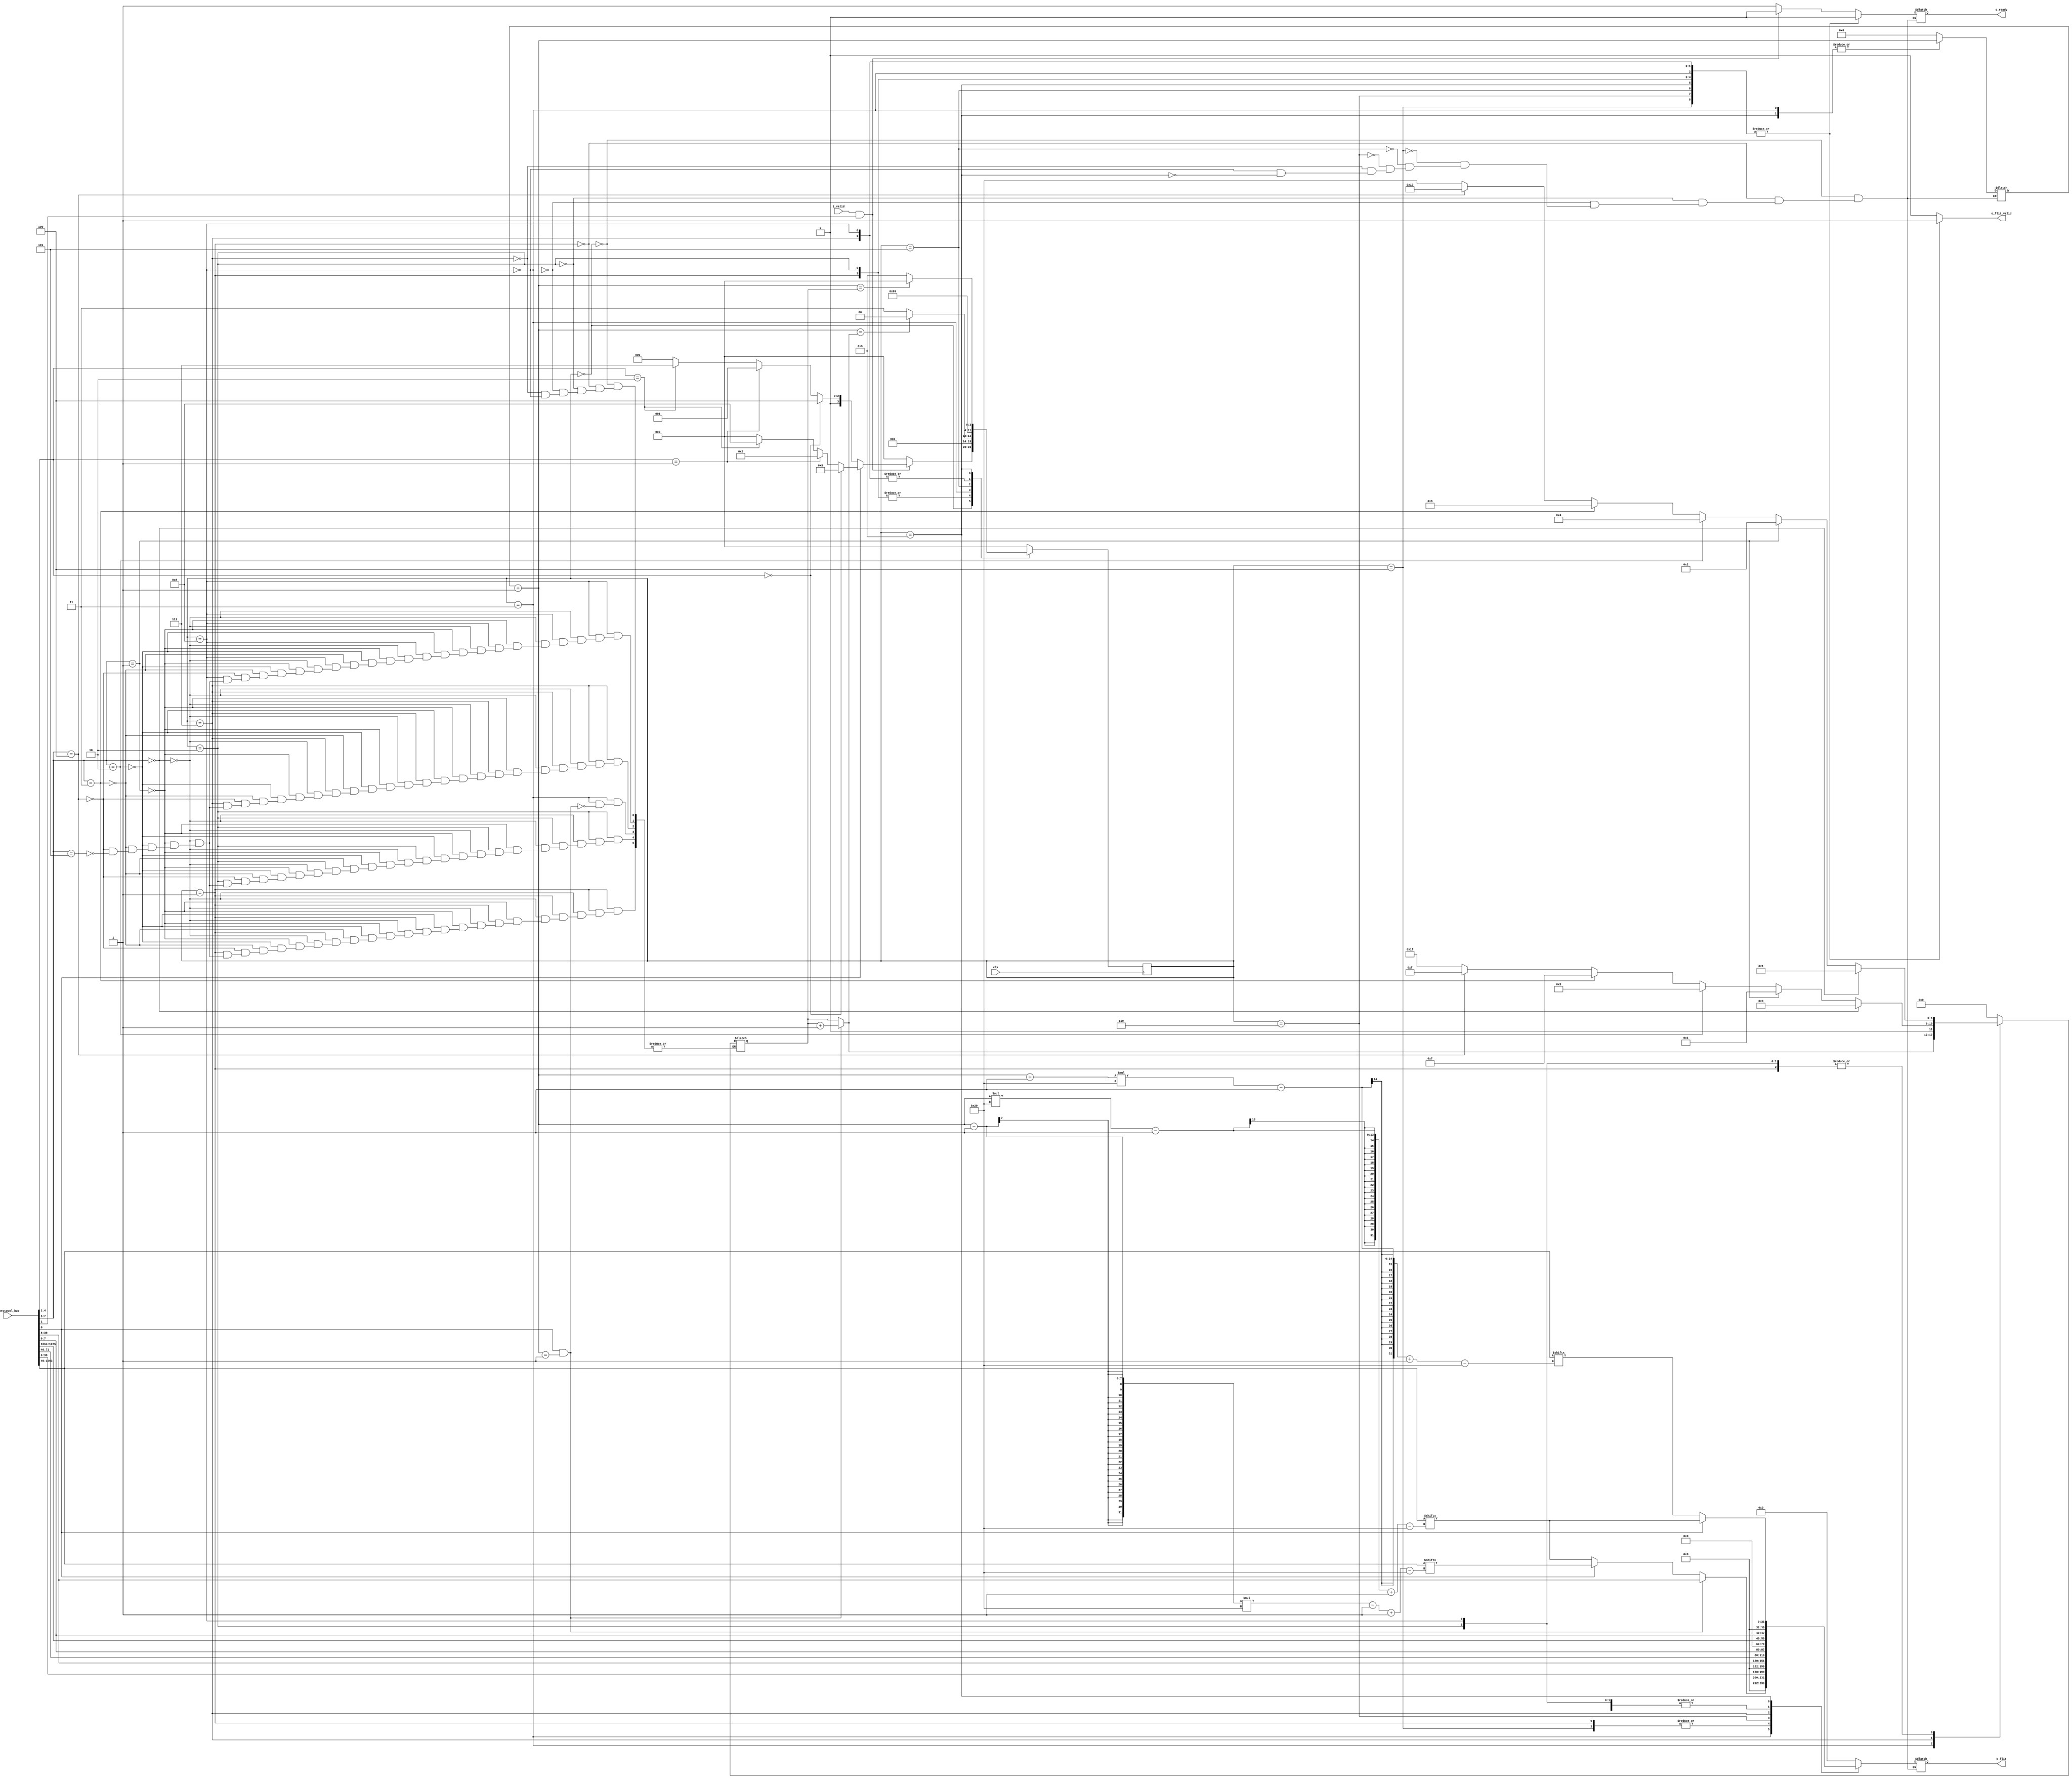
`timescale 1ns / 1ps
//////////////////////////////////////////////////////////////////////////////////
// Module Name:    strawman_s_rx_fsm

// Description:    State Machine of Strawman FSM
    

//////////////////////////////////////////////////////////////////////////////////
module strawman_tx_fsm (
  clk,
  o_flit,
  o_flit_valid,

  o_ready, // fsm ready for new bus input

  i_protocol_bus,
  i_valid

);

  parameter FIFO_DEPTH = 32;
  parameter LOG2_FIFO_DEPTH = 5;
  parameter DATA_LINE_WIDTH = 40;
  parameter CONTROL_LINE_WIDTH = 0;
  parameter WORD_SIZE = 32;

  parameter LOG2_NUM_STATES = 4;

  parameter [LOG2_NUM_STATES-1:0] 
	IDLE  = 4'b0000,
	WRITE_REQ_HEADER = 4'b0001,
	WRITE_REQ_EX_HEADER = 4'b0010,
	WRITE_REQ_BODY = 4'b0011,
	READ_REQ_HEADER = 4'b0100,
	READ_REQ_EX_HEADER = 4'b0101,
	READ_REQ_EX_BODY = 4'b0110,
	READ_RESP_HEADER = 4'b0111,
	READ_RESP_EX_HEADER = 4'b1000,
	READ_RESP_BODY = 4'b1001;

  input clk;
  output reg [DATA_LINE_WIDTH-1:0] o_flit;
  output reg o_flit_valid;

  output reg o_ready;

  input [1075:0] i_protocol_bus;
  input i_valid;

  wire w_mode;
  wire w_valid;
  wire [2:0] w_cmd;
  wire [2:0] w_length;
  wire [31:0] w_address;
  wire [1023:0] w_data;
  wire [5:0] w_tid;
  wire [5:0] w_did;

  assign w_mode = i_protocol_bus[0];
  assign w_valid = i_protocol_bus[1];
  assign w_cmd = i_protocol_bus[4:2];
  assign w_length = i_protocol_bus[7:5];
  assign w_address = i_protocol_bus[39:8];
  assign w_data = i_protocol_bus[1063:40];
  assign w_tid = i_protocol_bus[1069:1064];
  assign w_did = i_protocol_bus[1075:1070];


  reg [LOG2_NUM_STATES-1:0] current_state = 'b0; // start at IDLE
  reg [LOG2_NUM_STATES-1:0] next_state = 'b0; // start at IDLE

  // TODO: Implement a counter system
  // counter variable
  reg [6:0] counter = 'b0;
  reg [5:0] cycles2hflit = 'b0;

  reg is_header_flit;

  reg toggle_fsm = 1'b0;

  wire [2:0] length2;

  assign length2 = w_length; // FIXME


  always @ (cycles2hflit) begin
    if (cycles2hflit == 'b0) begin
      is_header_flit = 1'b1;
    end else begin
      is_header_flit = 1'b0;
    end
  end

  always @(posedge clk) begin
    current_state <= next_state;
  end


  // move state machine
  always @ (posedge clk) begin
    if ((current_state ==  WRITE_REQ_BODY) || (current_state ==  READ_RESP_BODY)) begin
      toggle_fsm <= ~toggle_fsm;
    end
  end

//---------------------------------------------------------------------
  always @(current_state, i_protocol_bus, counter, toggle_fsm) begin
    o_flit_valid = 1'b0;
    
    case (current_state)
//---------------------------------------------------------------------
      IDLE : begin

        counter = 'b0;
        o_flit_valid = 1'b0;
        o_flit = 'b0;
        cycles2hflit = 'b0;

        // setting the fsm ready bit to retieve new packet information from chiplet
        if ((i_valid == 1'b1) && (w_valid == 1'b1)) begin // TODO: add cycles to header flit logic for o_ready in state machine
          o_ready = 1'b0;
        end else begin
          o_ready = 1'b1;
        end

        // Lightweight mode
        if ((i_valid == 1'b1) && (w_valid == 1'b1)) begin

	  if (w_mode == 1'b0) begin
            if (w_cmd == 3'b000) begin // Read Req
              next_state = READ_REQ_HEADER;
            end else if (w_cmd == 3'b001) begin // Write Req
              next_state = WRITE_REQ_HEADER;
            end else if (w_cmd == 3'b010) begin // Read Resp
              next_state = READ_RESP_HEADER;
            end else begin
              next_state = IDLE;
            end
          // Extended mode
          end else begin
            if (w_cmd == 3'b000) begin // Read Req TODO
              next_state = READ_REQ_EX_HEADER;
            end else if (w_cmd == 3'b001) begin // Write Req
              next_state = WRITE_REQ_EX_HEADER;
            end else if (w_cmd == 3'b010) begin // Read Resp
              next_state = READ_RESP_EX_HEADER;
            end else begin
              next_state = IDLE;
            end
          end

        end else begin
          next_state = IDLE;
        end

      end
//---------------------------------------------------------------------
      WRITE_REQ_HEADER : begin
        counter = 'b0;
        o_ready = 1'b0;
        o_flit_valid = 1'b1;

        o_flit = {w_address, w_length, w_cmd, w_valid, w_mode};

        if (length2 == 3'b000) begin // 4B
          cycles2hflit = 6'b1; 
        end else if (length2 == 3'b001) begin // 8B
          cycles2hflit = 6'b10;
        end else if (length2 == 3'b010) begin // 16B
          cycles2hflit = 6'b100;
        end else if (length2 == 3'b011) begin // 32B
          cycles2hflit = 6'b1000;
        end else if (length2 == 3'b100) begin // 64B
          cycles2hflit = 6'b10000;
        end else if (length2 == 3'b101) begin // 128B
          cycles2hflit = 6'b100000;
        end

        next_state = WRITE_REQ_BODY;

      end
//---------------------------------------------------------------------
      WRITE_REQ_EX_HEADER : begin
        counter = 'b0;
        o_ready = 1'b0;
        o_flit_valid = 1'b1;

        o_flit = {w_did, w_tid, w_length, w_cmd, w_valid, w_mode};

        if (length2 == 3'b000) begin // 4B
          cycles2hflit = 6'b1; 
        end else if (length2 == 3'b001) begin // 8B
          cycles2hflit = 6'b10;
        end else if (length2 == 3'b010) begin // 16B
          cycles2hflit = 6'b100;
        end else if (length2 == 3'b011) begin // 32B
          cycles2hflit = 6'b1000;
        end else if (length2 == 3'b100) begin // 64B
          cycles2hflit = 6'b10000;
        end else if (length2 == 3'b101) begin // 128B
          cycles2hflit = 6'b100000;
        end

        next_state = WRITE_REQ_BODY;
      end

//---------------------------------------------------------------------
      WRITE_REQ_BODY : begin
        counter = counter + 1'b1;
        o_ready = 1'b0;
        o_flit_valid = 1'b1;
        if ((w_mode == 1'b1) && (counter == 1)) begin
          o_flit = {w_address};
          cycles2hflit = cycles2hflit + 1'b1;
        end else begin
          if (w_mode == 1'b0) begin
            o_flit = w_data[ (counter*32-1) -: 32];
          end else begin
            o_flit = w_data[ ((counter-1)*32-1) -: 32];
          end
        end
        if (counter == cycles2hflit) begin
          next_state = IDLE;
        end else begin
          next_state = WRITE_REQ_BODY;
        end
      end

//---------------------------------------------------------------------
      READ_REQ_HEADER : begin
        counter = 'b0;
        o_ready = 1'b0;
        o_flit_valid = 1'b1;

        o_flit = {w_address, w_length, w_cmd, w_valid, w_mode};


        next_state = IDLE;
      end

//---------------------------------------------------------------------
      READ_REQ_EX_HEADER : begin
        counter = 'b0;
        o_ready = 1'b0;
        o_flit_valid = 1'b1;

        o_flit = {w_did, w_tid, w_length, w_cmd, w_valid, w_mode};

        next_state = READ_REQ_EX_BODY;
      end

//---------------------------------------------------------------------
      READ_REQ_EX_BODY : begin
        counter = 'b0;
        o_ready = 1'b0;
        o_flit_valid = 1'b1;

        o_flit = {w_address};

        next_state = IDLE;
      end

//---------------------------------------------------------------------
      READ_RESP_HEADER : begin
        counter = 'b0;
        o_ready = 1'b0;
        o_flit_valid = 1'b1;

        o_flit = {w_data, w_length, w_cmd, w_valid, w_mode};

        if (length2 == 3'b000) begin // 4B
          cycles2hflit = 6'b0; 
        end else if (length2 == 3'b001) begin // 8B
          cycles2hflit = 6'b01;
        end else if (length2 == 3'b010) begin // 16B
          cycles2hflit = 6'b011;
        end else if (length2 == 3'b011) begin // 32B
          cycles2hflit = 6'b0111;
        end else if (length2 == 3'b100) begin // 64B
          cycles2hflit = 6'b01111;
        end else if (length2 == 3'b101) begin // 128B
          cycles2hflit = 6'b011111;
        end

        next_state = READ_RESP_BODY;

      end

//---------------------------------------------------------------------
      READ_RESP_EX_HEADER : begin
        counter = 'b0;
        o_ready = 1'b0;
        o_flit_valid = 1'b1;

        o_flit = {w_did, w_tid, w_length, w_cmd, w_valid, w_mode};

        if (length2 == 3'b000) begin // 4B
          cycles2hflit = 6'b1; 
        end else if (length2 == 3'b001) begin // 8B
          cycles2hflit = 6'b10;
        end else if (length2 == 3'b010) begin // 16B
          cycles2hflit = 6'b100;
        end else if (length2 == 3'b011) begin // 32B
          cycles2hflit = 6'b1000;
        end else if (length2 == 3'b100) begin // 64B
          cycles2hflit = 6'b10000;
        end else if (length2 == 3'b101) begin // 128B
          cycles2hflit = 6'b100000;
        end

        next_state = READ_RESP_BODY;
      end

//---------------------------------------------------------------------
      READ_RESP_BODY : begin
        counter = counter + 1'b1;
        o_ready = 1'b0;
        o_flit_valid = 1'b1;

        if (w_mode == 1'b0) begin
          o_flit = w_data[ ((counter+1)*32-1) -: 32];
        end else begin
          o_flit = w_data[ ((counter)*32-1) -: 32];
        end

        if (counter == cycles2hflit) begin
          next_state = IDLE;
        end else begin
          next_state = READ_RESP_BODY;
        end

      end

//---------------------------------------------------------------------
      default: begin
        next_state = IDLE;
      end
//---------------------------------------------------------------------
    endcase
  end


  
endmodule